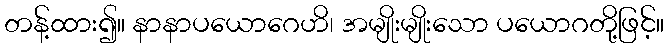
တန့်ထား၍။ နာနာပယောဂေဟိ၊ အမျိုးမျိုးသော ပယောဂတို့ဖြင့်။